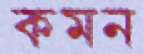
কমন